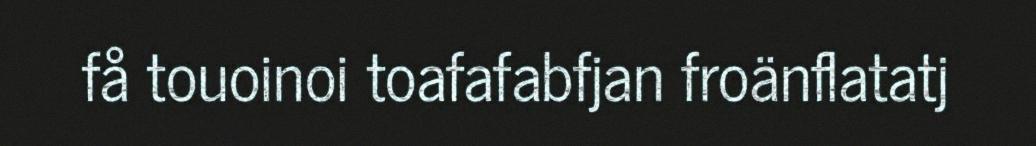
få touoinoi toafafabfjan froänflatatj